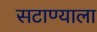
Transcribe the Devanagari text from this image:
सटाण्याला